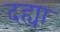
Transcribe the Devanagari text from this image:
दह्या